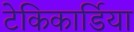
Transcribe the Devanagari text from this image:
टेकिकार्डिया